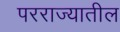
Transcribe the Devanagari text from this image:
परराज्यातील